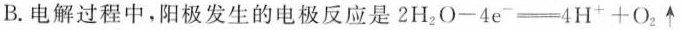
B.电解过程中，阳极发生的电极反应是$$2H_{2}O-4e^{-}\xlongequal [ ] { }4H^{+}+O_{2}\uparrow$$